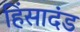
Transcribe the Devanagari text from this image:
हिंसादंड